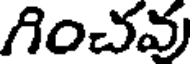
గించవు